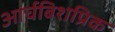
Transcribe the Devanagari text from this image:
आर्चबिशप्रिक